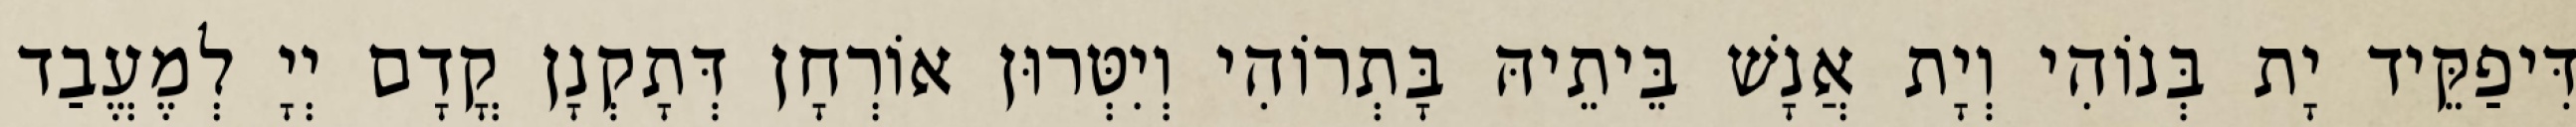
דִּיפַקֵּיד יָת בְּנוֹהִי וְיָת אֲנָשׁ בֵּיתֵיהּ בָּתְרוֹהִי וְיִטְּרוּן אוֹרְחָן דְּתָקְנָן קֳדָם יְיָ לְמֶעֱבַד